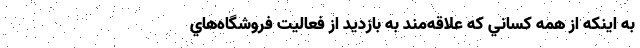
به اينكه از همه كساني كه علاقه‌مند به بازديد از فعاليت فروشگاه‌هاي